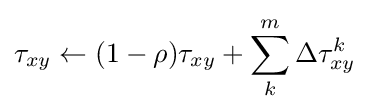
\tau _{xy}\leftarrow (1-\rho )\tau _{xy}+\sum _{k}^{m}\Delta \tau _{xy}^{k}